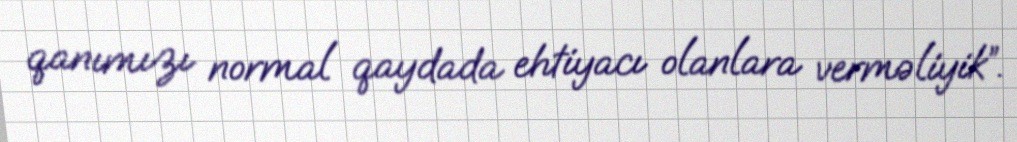
qanımızı normal qaydada ehtiyacı olanlara verməliyik”.